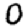
Digit: 0